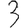
Digit: 3